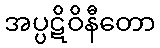
အပ္ပဋိဝိနီတော